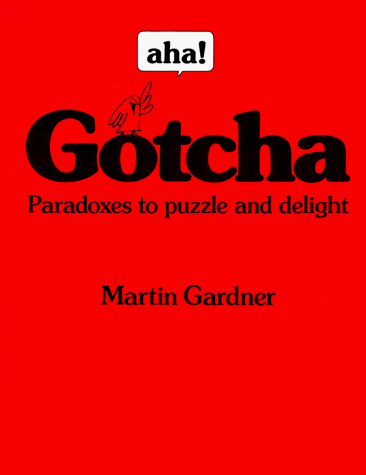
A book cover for Aha! Gotcha: Paradoxes to Puzzle and Delight; Martin Gardner; Humor & Entertainment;